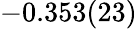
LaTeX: -0.353(23)